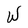
Character: W